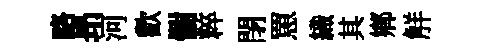
略昻河歡𢠢粹閉罳織其鄕觧